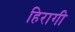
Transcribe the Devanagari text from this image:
हिरागी